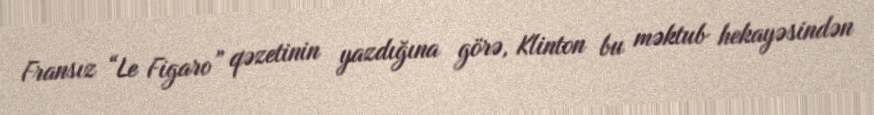
Fransız “Le Figaro” qəzetinin yazdığına görə, Klinton bu məktub hekayəsindən